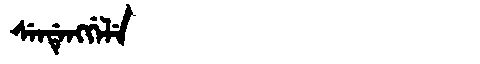
Manchu: ᠰᡝᠨᡩᡝᠩᡤᡝᠯᡝ
Romanization: SENDENGGELE